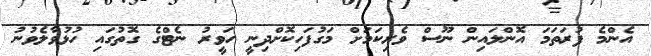
އެންމެ ފުރަތަމަ އޮންލައިން ނޫސް ވެރިކަމަށް މަގުފަހިކޮށްދިނީ ހަވީރު ނެޓްގެ ގޮތުގައި ހުޅުވާލެވުނު